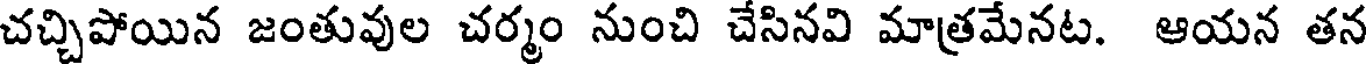
చచ్చిపోయిన జంతువుల చర్మం నుంచి చేసినవి మాత్రమేనట. ఆయన తన